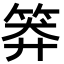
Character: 𥮎